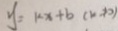
y = k x + b ( k \neq 0 )